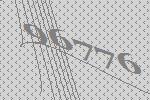
96776